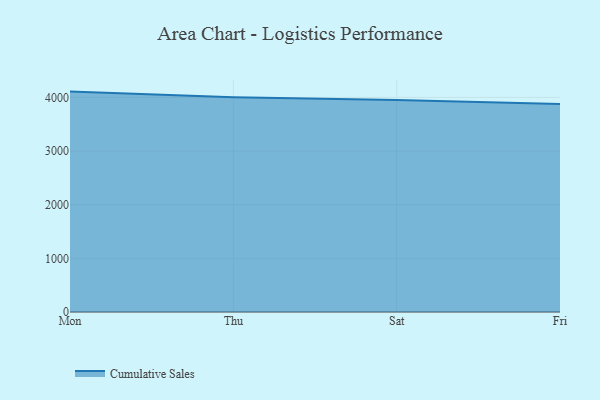
{"axis": {"x": "Day", "y": "Website Visitors"}, "legend": ["Cumulative Sales"], "data": [{"x": "Mon", "y": 4108.6, "type": "Cumulative Sales"}, {"x": "Thu", "y": 4002.0, "type": "Cumulative Sales"}, {"x": "Sat", "y": 3950.1, "type": "Cumulative Sales"}, {"x": "Fri", "y": 3879.1, "type": "Cumulative Sales"}]}